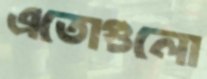
এতোগুলো